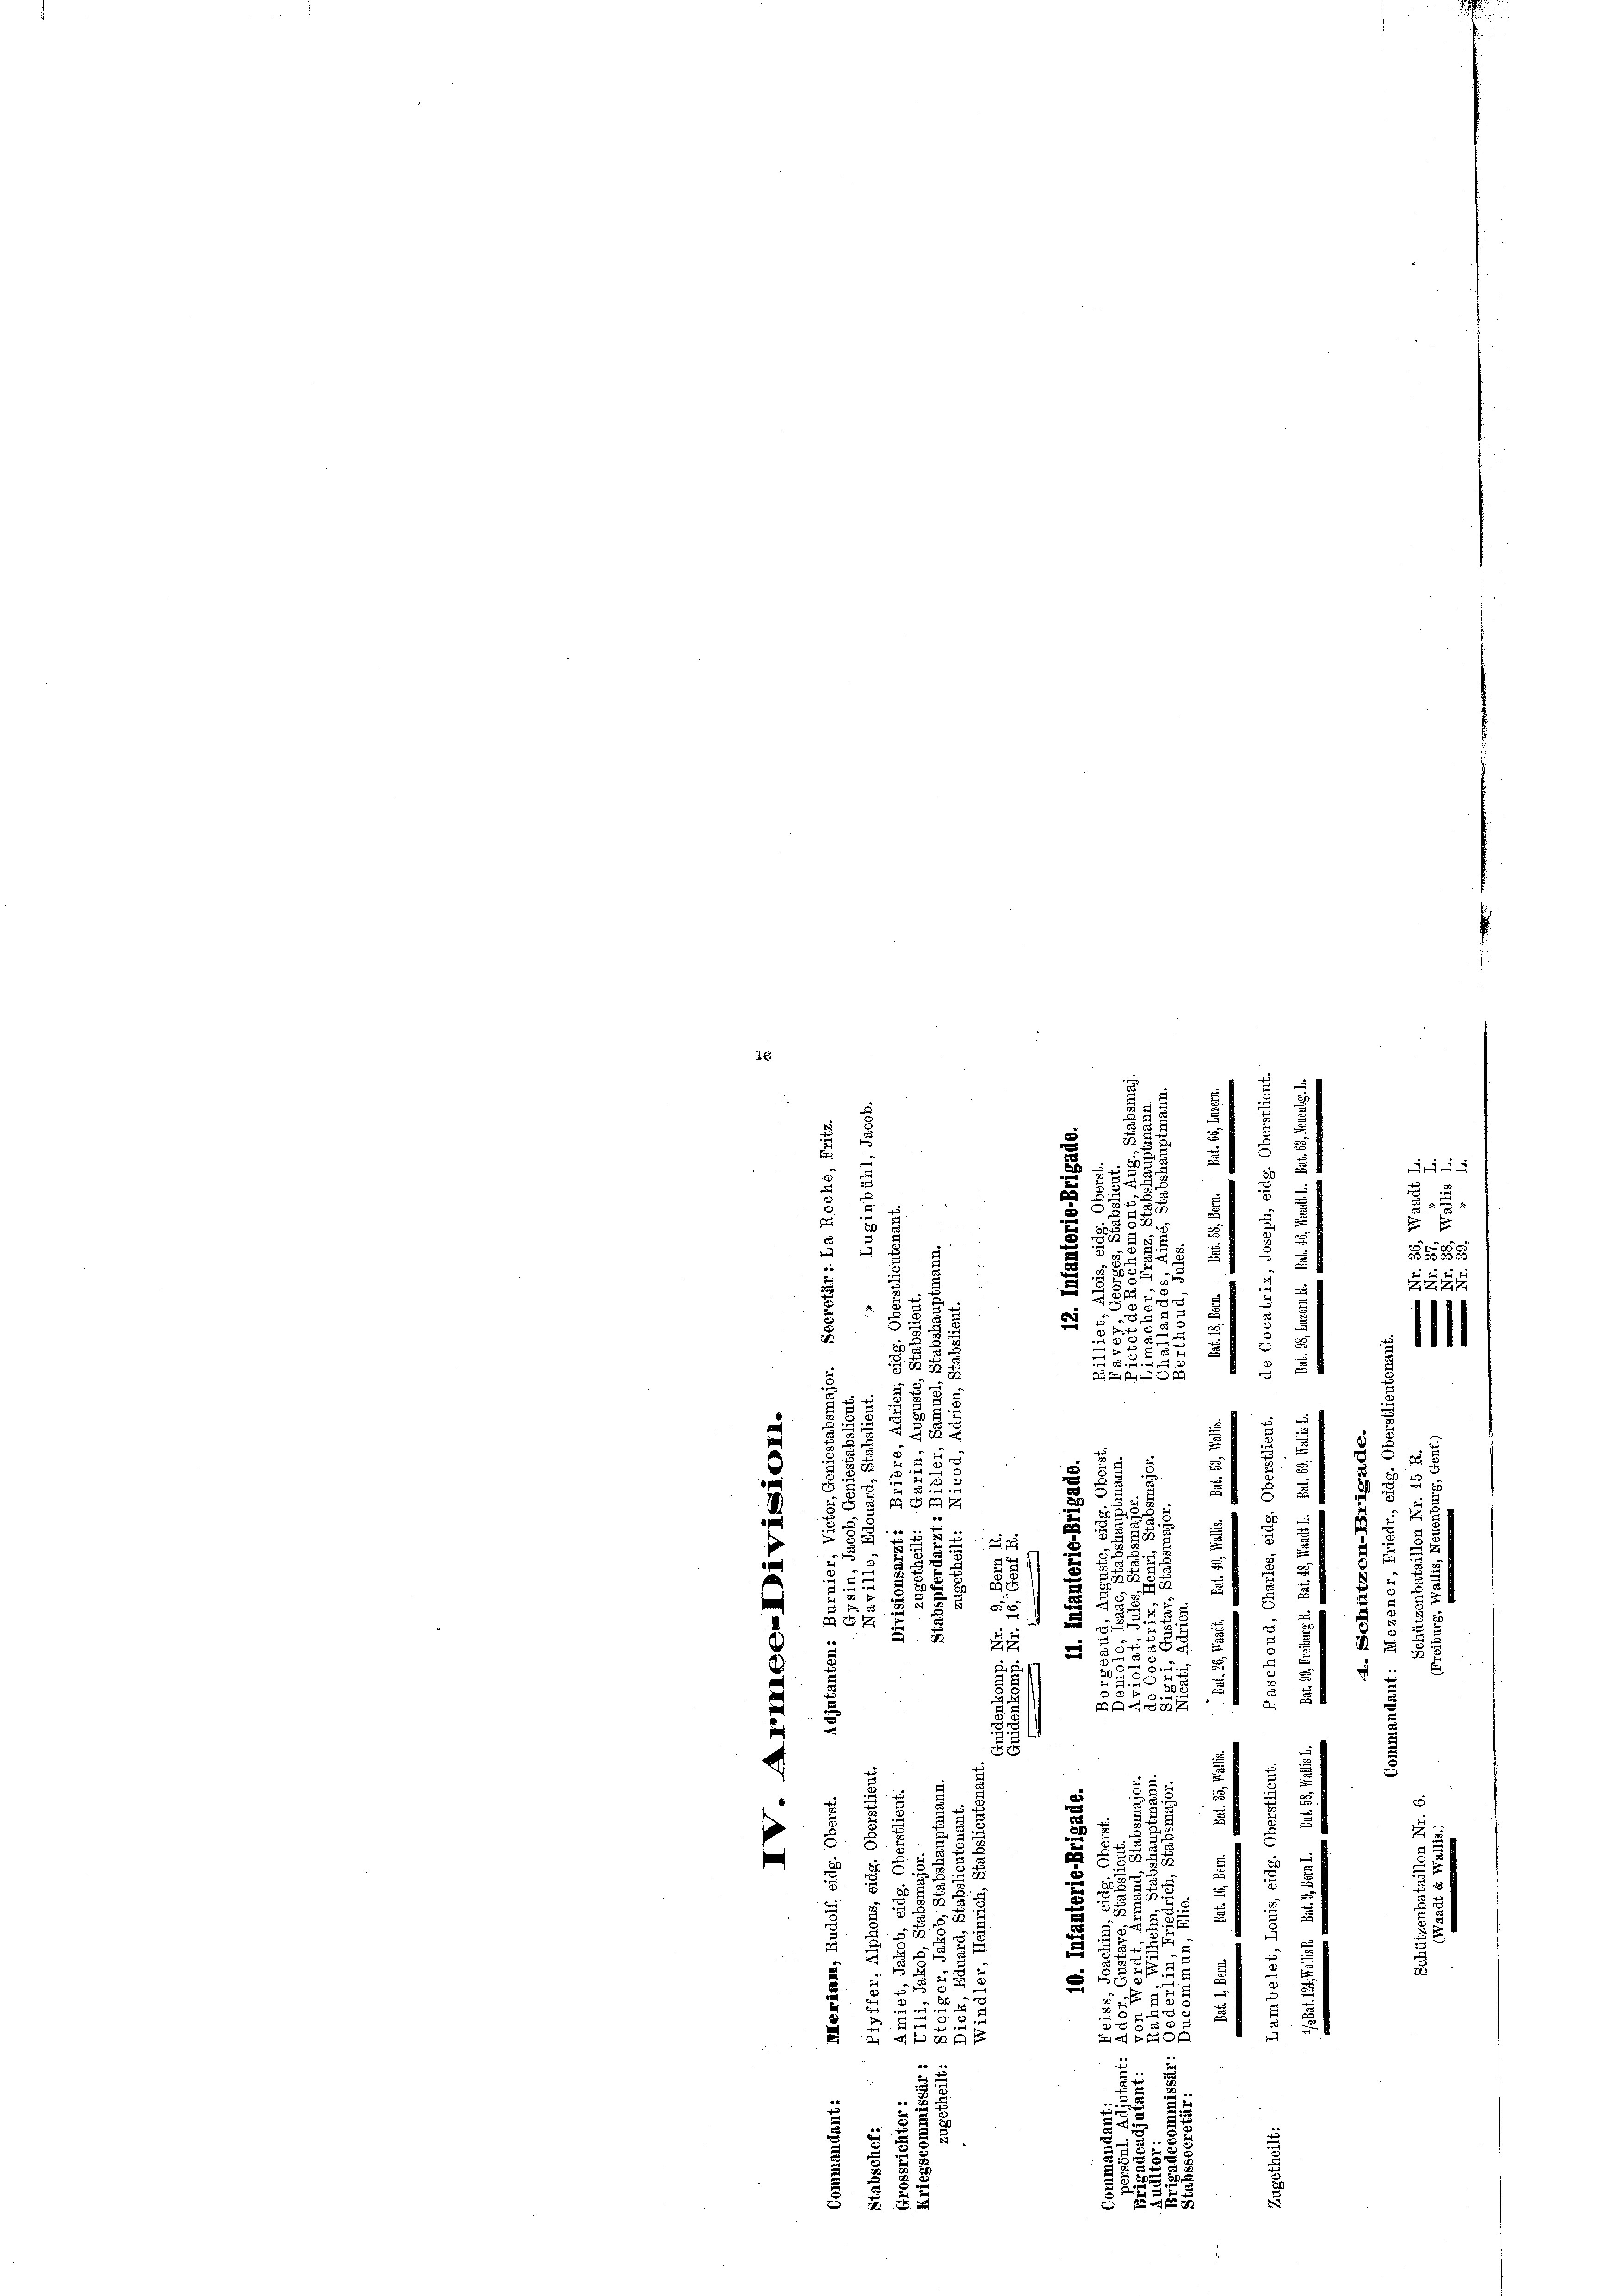
26

.

8
u
b
.
5
0
.

e
5
a
e
3
2
2
5
3
3
1
a

53:
27
i
e
d 2
au
A.
u
2
.
223
e
u
.

u
i

a
2

e
n
.
i
2232.

.
e
u
e
e
2
er
.

1
u
.
 u
u
a
2
e
¬
.
58
35
.
2
.

s
"

i
3
s
d
.
t
3
u
u
x
e

.
u
.
g

2
e
u
e
 x
g
.
de
257
n

 8
212
2
.

2
r
z
e
d
u
a d

n
¬
2
252
.
2
u 1
5
e
e
5
n
s
d
.
E
2
e
5
e
e
u
s
5
a
3
s
u
x
3xx
5
58
g
2
2
t
e
.
4:
 2
d
5
2
u
.
8 x
d
x

e
u
n
2
e
2
f 2 x
e
e
.
n
i

u
e
§ 25

2 xx

i

 x
8

d